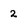
Character: 2